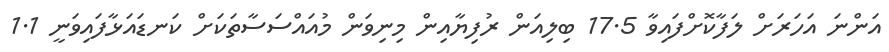
އަންނަ އަހަރަށް ލަފާކޮށްފައިވާ 17.5 ބިލިއަން ރުފިޔާއިން މިނިވަން މުއައްސަސާތަކަށް ކަނޑައަޅާފައިވަނީ 1.1